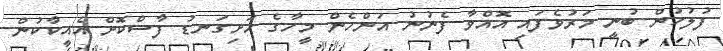
ފުލުހުން ބުނީ މަރުވެފައި އޮއްވާ ފެނުނު އަންހެން މީހާގެ ހަށިގަނޑު ފާސްކޮށް އެއީކާކުން